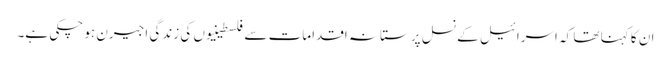
ان کا کہنا تھا کہ اسرائیل کے نسل پرستانہ اقدامات سے فلسطینیوں کی زندگی اجیرن ہو چکی ہے۔